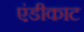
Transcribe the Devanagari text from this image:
एंडीकाट